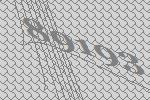
89193